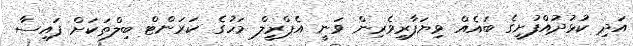
އަދި ކުޅުދުއްފުށީގެ ބައެއް ވިޔަފާރިވެރިން ވަނީ އެޕްރީލް މަހުގެ ކަރަންޓް ބިލްތަކަށް ފައިސާ